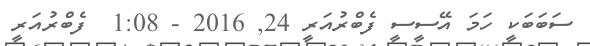
ސަބަބަކީ ހަމަ އޭސީސީ ފެބްރުއަރީ 24